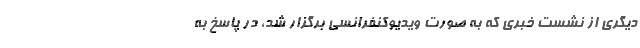
دیگری از نشست خبری که به صورت ویدیوکنفرانسی برگزار شد، در پاسخ به